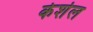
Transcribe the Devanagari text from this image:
केशेल